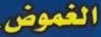
الغموض.